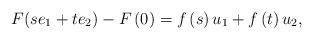
LaTeX: \begin{align*}F(se_{1}+te_{2})-F\left(0\right)=f\left(s\right)u_{1}+f\left(t\right)u_{2},\end{align*}